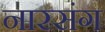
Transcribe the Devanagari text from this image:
नारसंग